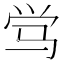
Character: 𬳸